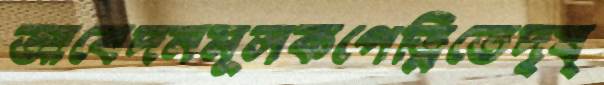
আবেদনমূলকপেত্নিতেদৃষ্